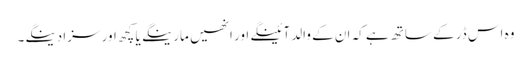
وہ اس ڈر کے ساتھ ہے کہ ان کے والد آئینگے اور انھیں مارینگے یا کچھ اور سزا دینگے۔